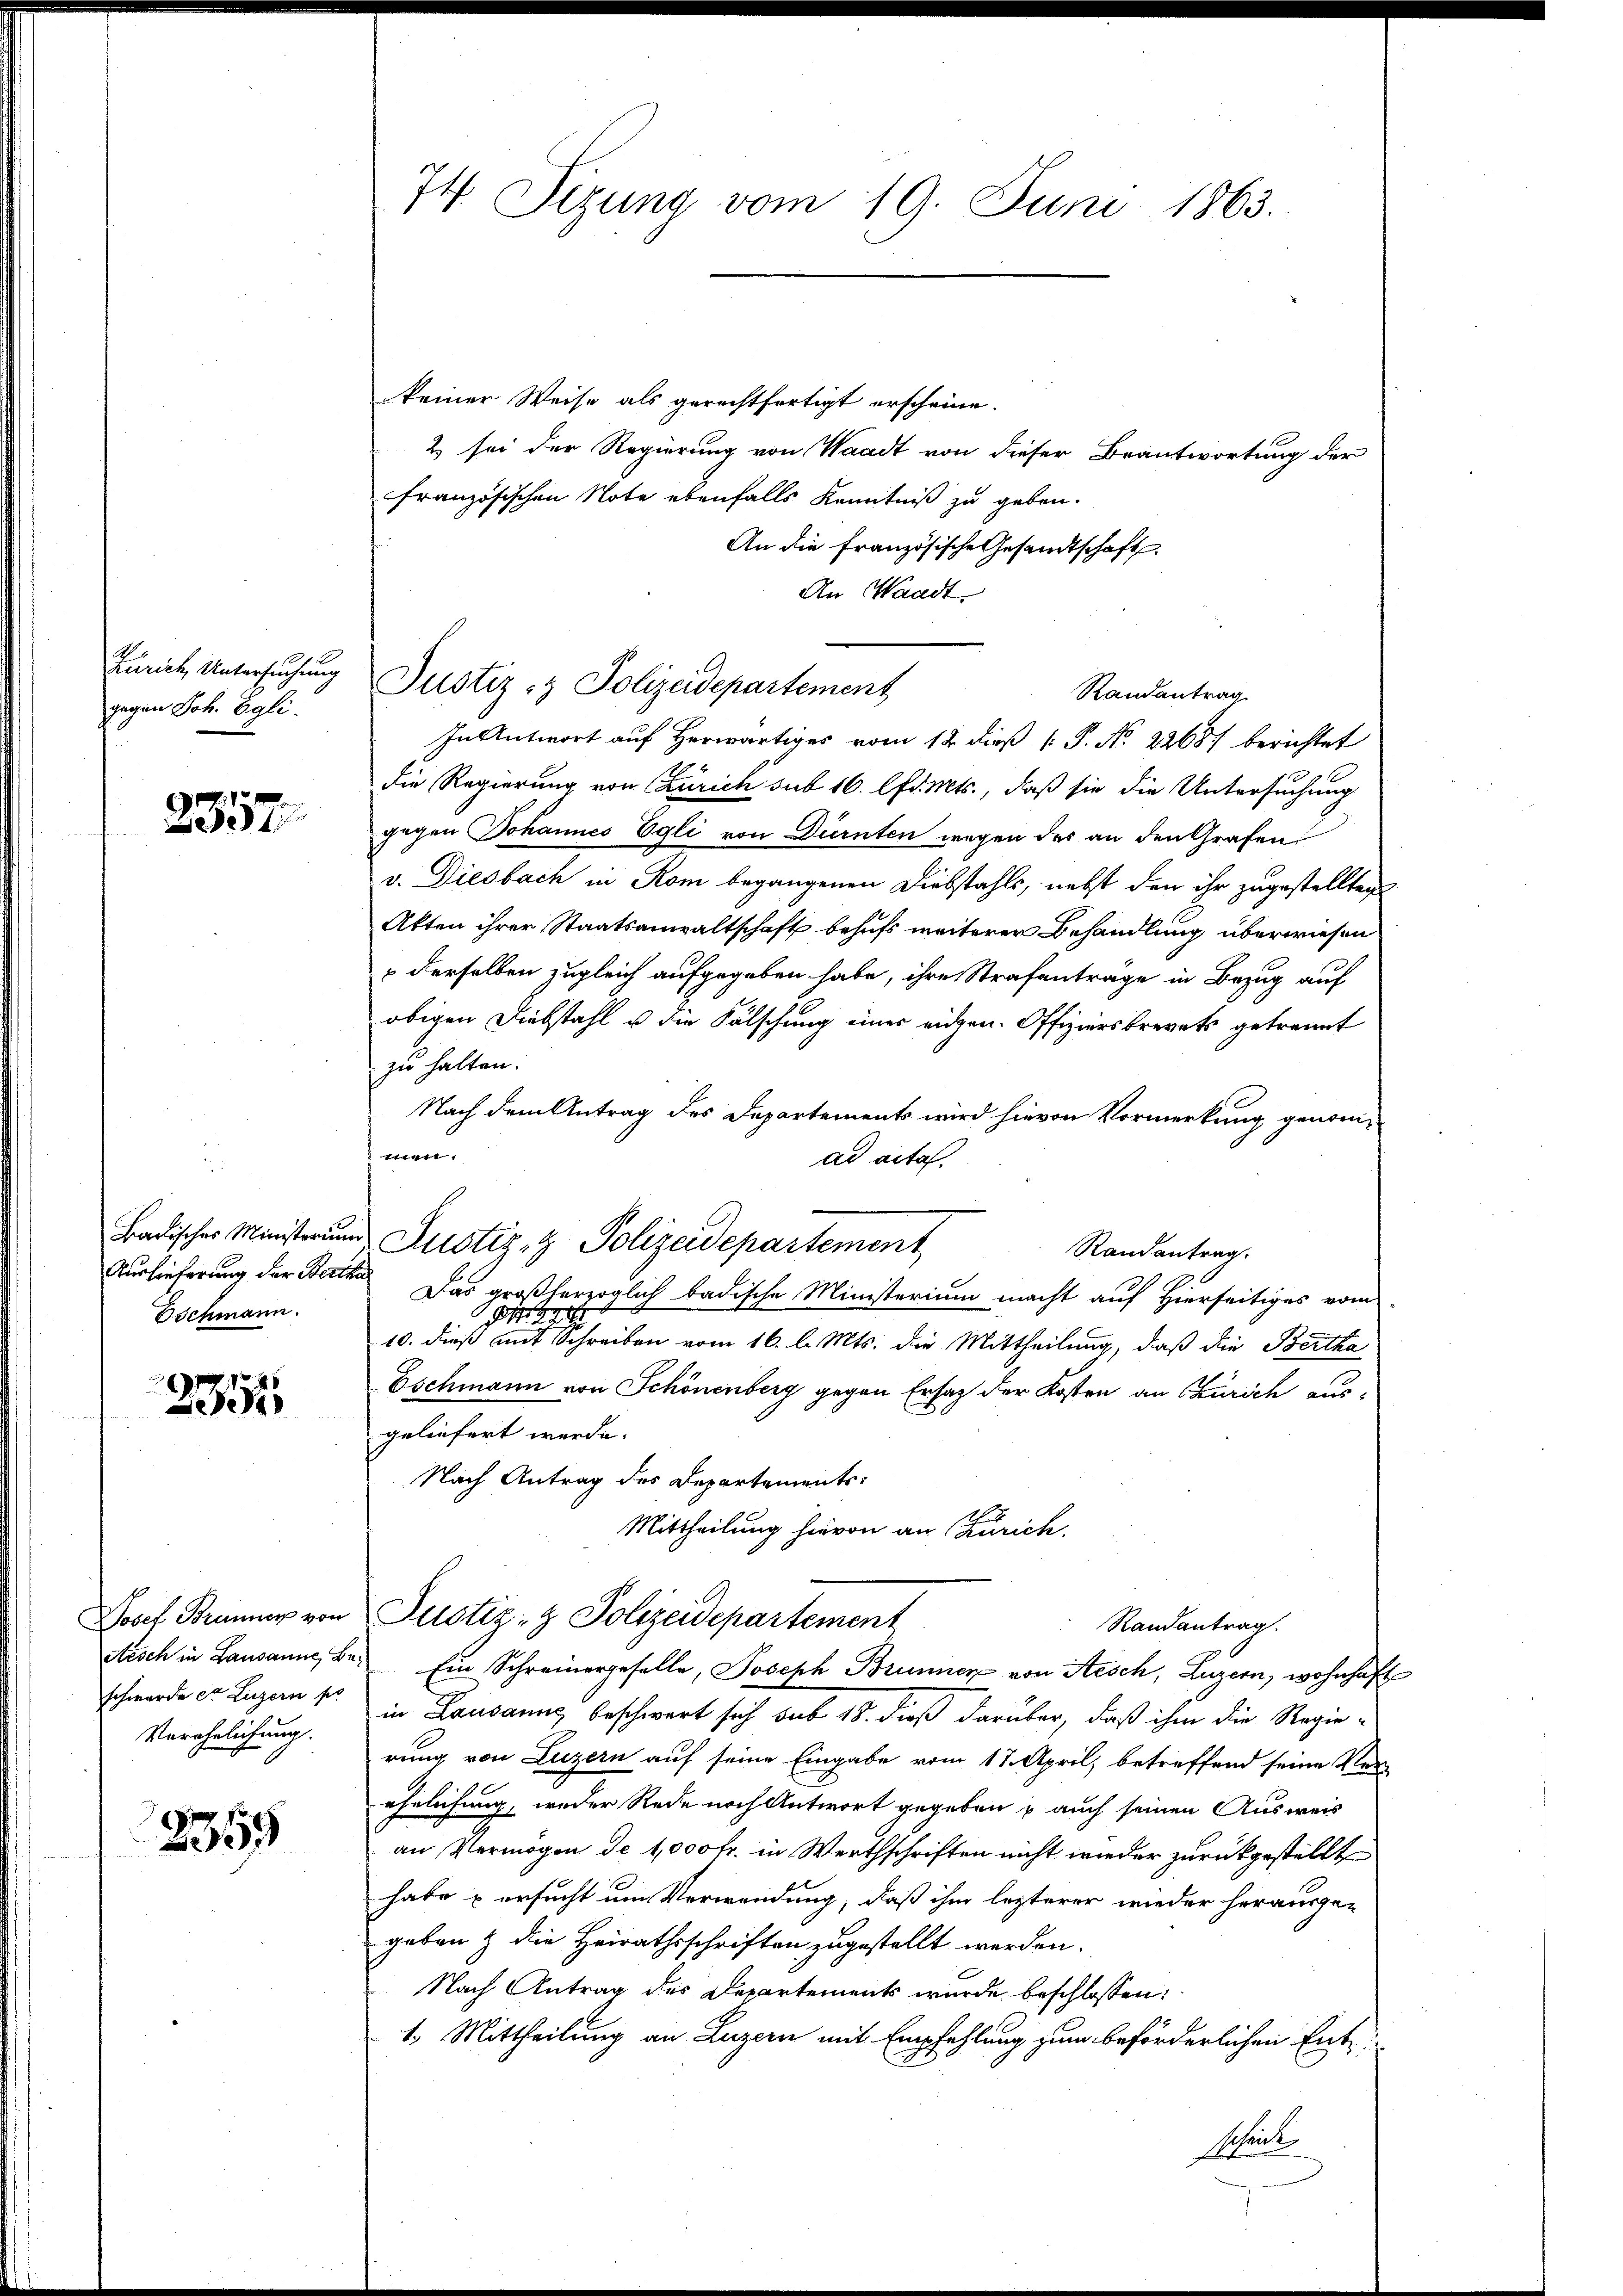
Zürich, Untersuchung
gegen Joh. Egli.

2357

Badisches Ministerium
Aushieferung der Berth
Eschmann.

3354

Josef Brunner von
Arsch in Lausanne, Be-
schwerde et Luzern so
Verehelichung.

3359

74. Sizung vom 19. Juni 1863.

keiner Weise als gerechtfertigt erscheine.
2 sei der Regierung von Waadt von dieser Beantwortung der
französischen Note ebenfalls Kenntniß zu geben.
An die französische Gesandtschaft
An Waadt.
Justiz- & Polizeidepartement
Randantrag
In Antwort auf herwärtiges vom 12. dieß P. No. 2268) berichtet
die Regierung von Zürich sub 16. famts, daß sie die Untersuchung
gegen Johannes Egli von Dürnten wegen des an den Grafen
v. Diesbach in Rom begangenen Diebstahls, nebst den ihr zugestellten
Akten ihrer Staatsanwaltschaft behufs weiterer Behandlung überwiesen
 derselben zugleich aufgegeben habe, ihre Strafanträge in Bezug auf
obigen Diebstahl u die Fälschung eines eidgen. Offiziersbrevets getrennt
zu halten.
Nach dem Antrag des Departements wird hievon Vormerkung genommen.
ad acta.
Justiz- & Polizeidepartement
Randantrag.
Das großherzoglich badische Ministerium macht auf Hierseitiges vom

10. dieß mit Schreiben vom 16. l. Mts. die Mittheilung, daß die Bertha
Eschmann von Schönenberg gegen Ersatz der Kosten an Zürich aus-
geliefert werde.
Nach Antrag des Departements:
Mittheilung hievon an Zürich
Justiz- & Polizeidepartement
Randantrag.
Ein Schreinergeselle, Joseph Brunner von Aesch, Luzern, wohnhaft
in Lausanns beschwert sich sub 18. dieß darüber, daß ihm die Regie-
rung von Luzern auf seine Eingabe vom 17. April, betreffend seine Verehrlichung, weder Rede nach Antwort gegeben u auch seinen Ausweis
an Vermögen de 1,000 Fr. in Werthschriften nicht wieder zurückgestellt
habe u ersucht um Verwendung, daß ihm lezterer wieder herausge-
geben & die Heirathsschriften zugestellt werden.
Nach Antrag des Departements wurde beschlossen:
1. Mittheilung an Luzern mit Empfehlung zum beförderlichen Ent¬
Schrich